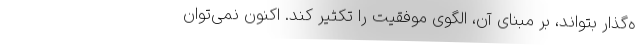
ه‌گذار بتواند، بر مبنای آن، الگوی موفقیت را تکثیر کند. اکنون نمی‌توان